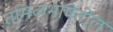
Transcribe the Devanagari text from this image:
तमिळभाषेतील